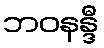
ဘဝနန္ဒီ